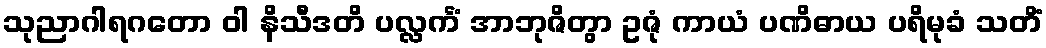
သုညာဂါရဂတော ဝါ နိသီဒတိ ပလ္လင်္ကံ အာဘုဇိတွာ ဥဇုံ ကာယံ ပဏိဓာယ ပရိမုခံ သတိံ